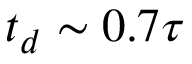
t _ { d } \sim 0 . 7 \tau